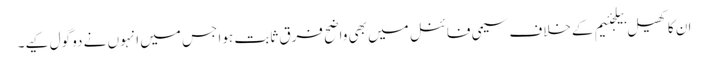
ان کا کھیل بیلجئیم کےخلاف سیمی فائنل میں بھی واضح فرق ثابت ہوا جس میں انہوں نے دو گول کیے۔